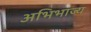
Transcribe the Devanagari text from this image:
अभिभाज्य